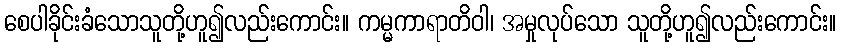
စေပါခိုင်းခံသောသူတို့ဟူ၍လည်းကောင်း။ ကမ္မကာရာတိဝါ၊ အမှုလုပ်သော သူတို့ဟူ၍လည်းကောင်း။